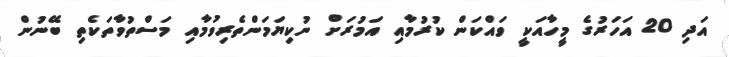
އަދި 20 އަހަރުގެ މީހާއަކީ ވައްކަން ކުރުމާއި އަމުރަށް ނުކިޔަމަންތެރިވުމާއި މަސްތުވާތަކެތި ބޭނުން